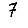
Digit: 7